Reports on dispensaries and lunatic asylums in the Province of Oudh - 1869-1876
Year: 1869
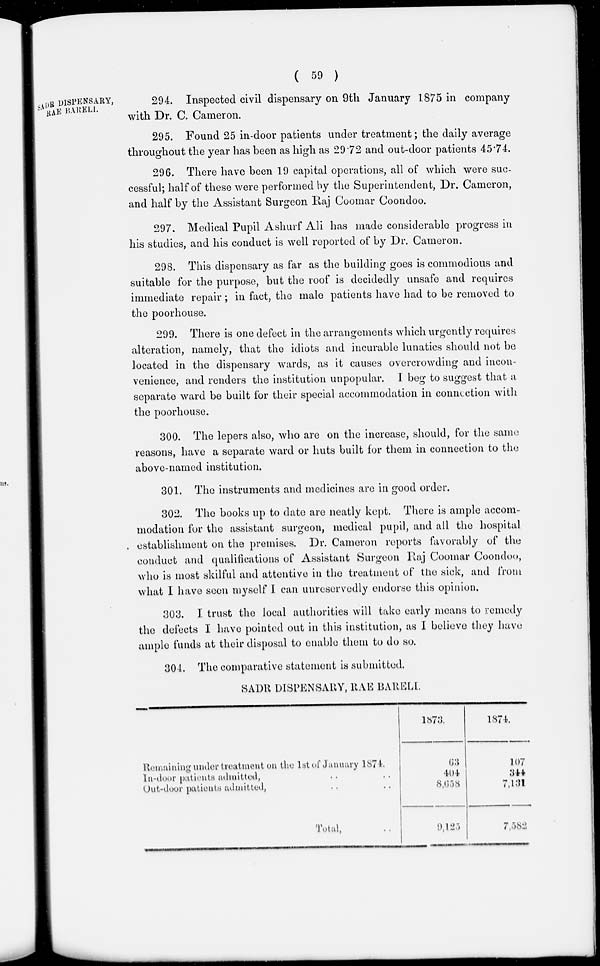
( 59 )
SADR DISPENSARY,
RAE BARELI.
294. Inspected civil dispensary on 9th January 1875 in company
with Dr. C. Cameron.
295. Found 25 in-door patients under treatment; the daily average
throughout the year has been as high as 29.72 and out-door patients 45.74.
296. There have been 19 capital operations, all of which were suc-
cessful; half of these were performed by the Superintendent, Dr. Cameron,
and half by the Assistant Surgeon Raj Coomar Coondoo.
297. Medical Pupil Ashurf Ali has made considerable progress in
his studies, and his conduct is well reported of by Dr. Cameron.
298. This dispensary as far as the building goes is commodious and
suitable for the purpose, but the roof is decidedly unsafe and requires
immediate repair; in fact, the male patients have had to be removed to
the poorhouse.
299. There is one defect in the arrangements which urgently requires
alteration, namely, that the idiots and incurable lunatics should not be
located in the dispensary wards, as it causes overcrowding and incon-
venience, and renders the institution unpopular. I beg to suggest that a
separate ward be built for their special accommodation in connection with
the poorhouse.
300. The lepers also, who are on the increase, should, for the same
reasons, have a separate ward or huts built for them in connection to the
above-named institution.
301. The instruments and medicines are in good order.
302. The books up to date are neatly kept. There is ample accom-
modation for the assistant surgeon, medical pupil, and all the hospital
establishment on the premises. Dr. Cameron reports favorably of the
conduct and qualifications of Assistant Surgeon Raj Coomar Coondoo,
who is most skilful and attentive in the treatment of the sick, and from
what I have seen myself I can unreservedly endorse this opinion.
303. I trust the local authorities will take early means to remedy
the defects I have pointed out in this institution, as I believe they have
ample funds at their disposal to enable them to do so.
304. The comparative statement is submitted.
SADR DISPENSARY, RAE BARELI.
Remaining under treatment on the 1st of January 1871.
In-door patients admitted, .. ..
Out-door patients admitted, .. ..
Total, ..
1873.
63
404
8,658
9,125
1874.
107
344
7,131
7,582